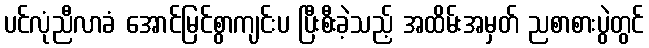
ပင်လုံညီလာခံ အောင်မြင်စွာကျင်းပ ပြီးစီးခဲ့သည့် အထိမ်းအမှတ် ညစာစားပွဲတွင်